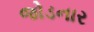
જોડનાર